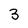
Character: 3